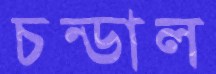
চন্ডাল